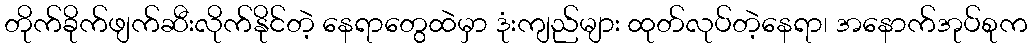
တိုက်ခိုက်ဖျက်ဆီးလိုက်နိုင်တဲ့ နေရာတွေထဲမှာ ဒုံးကျည်များ ထုတ်လုပ်တဲ့နေရာ၊ အနောက်အုပ်စုက